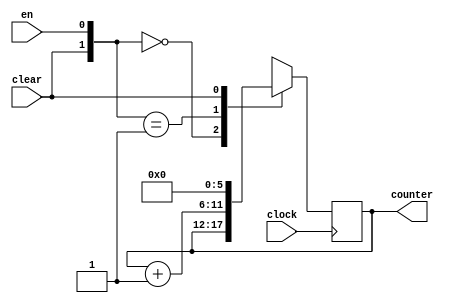
module input_quadrant_index_counter(
  input wire en,
  input wire clock,
  input wire clear,
  output reg [5:0] counter
  );

  always @(posedge clock) begin
    casex ({clear, en})
      2'b00: counter <= counter;
      2'b01: counter <= counter + 6'b000001;
      2'b1x: counter <= 6'b0;
      default: counter <= 6'b0;
    endcase
  end

endmodule